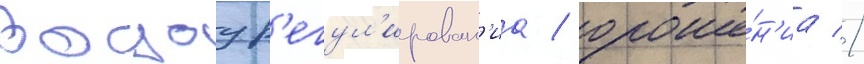
водоур'егул'ирован'иа / ороше́н'иа //